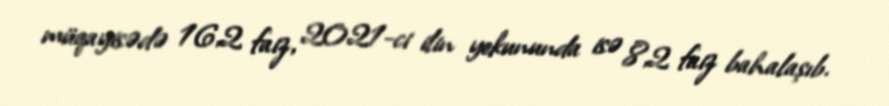
müqayisədə 16,2 faiz, 2021-ci ilin yekununda isə 8,2 faiz bahalaşıb.